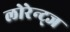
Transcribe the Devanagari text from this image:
लोरेन्ट्ज